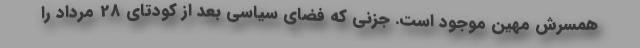
همسرش مهین موجود است. جزنی كه فضاي سیاسی بعد از كودتای 28 مرداد را